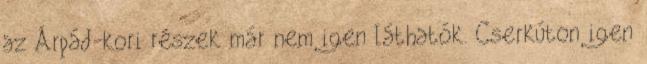
az Árpád-kori részek már nem igen láthatók. Cserkúton igen